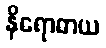
နိရောဓာယ